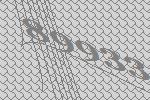
89933